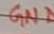
Text: GND